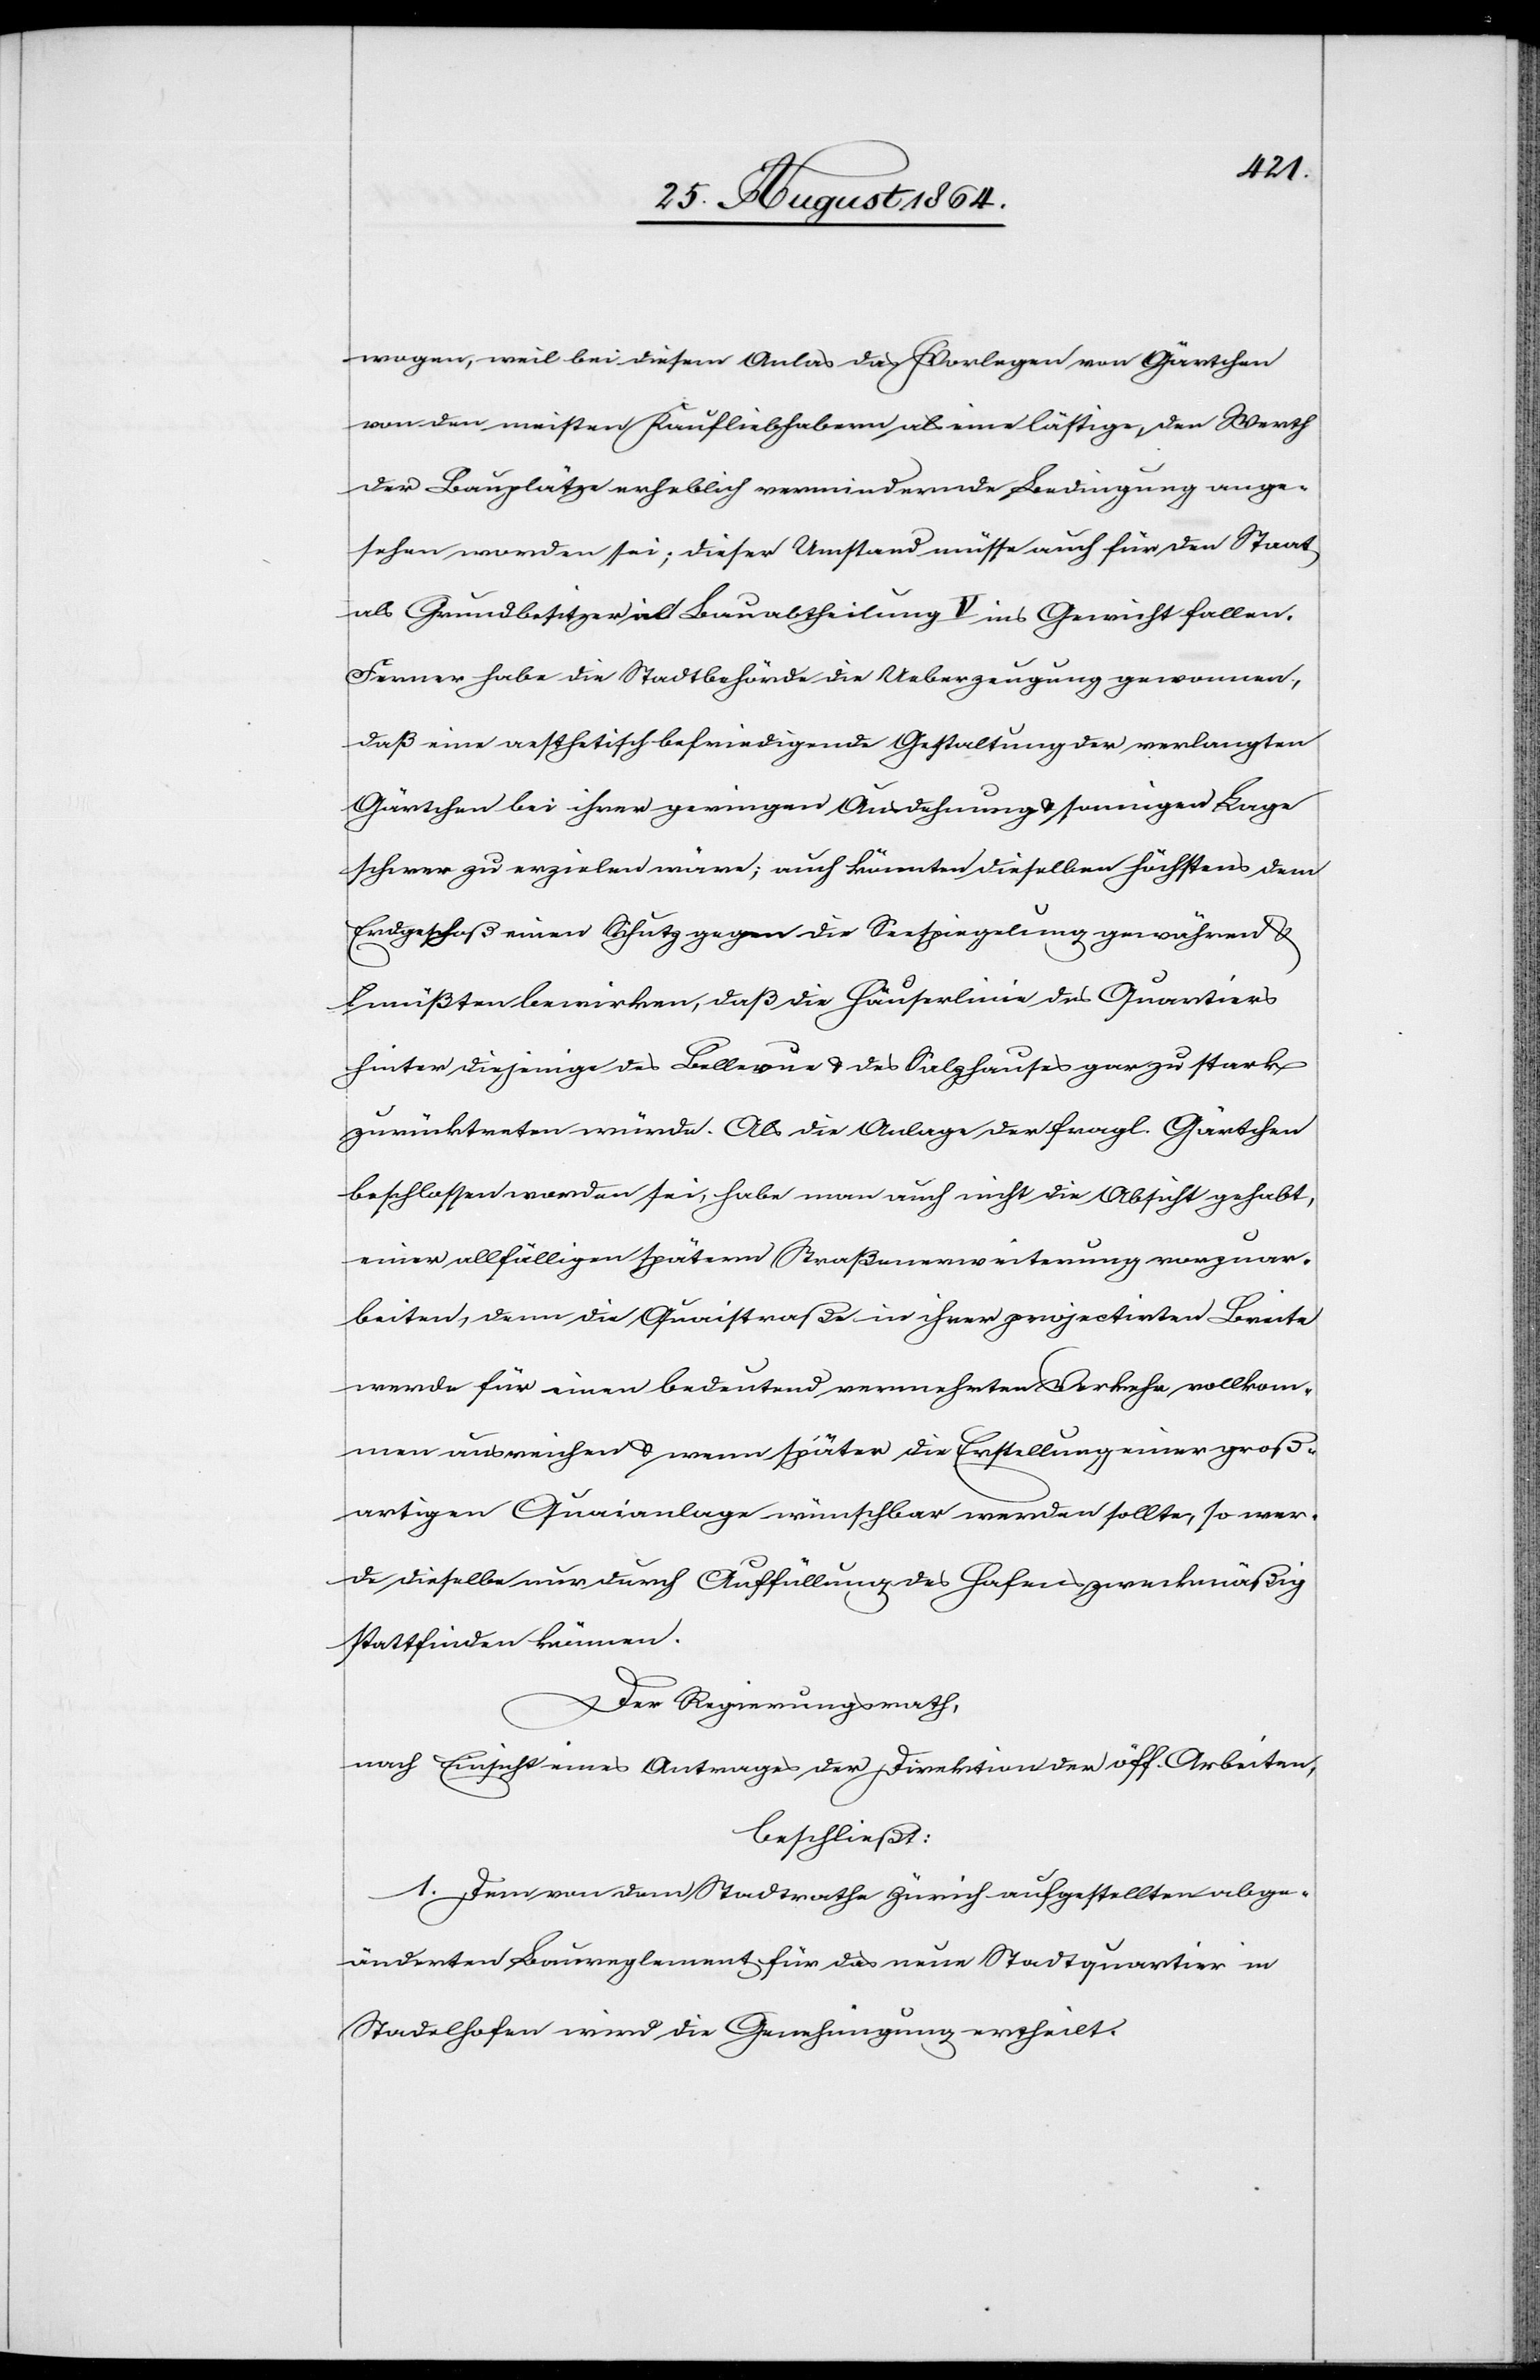
wogen, weil bei diesem Anlas[s] das Vorlage[r]n von Gärtchen
von den meisten Kaufliebhabern als eine lästige, den Werth
der Bauplätze erheblich vermindernde Bedingung ange¬
sehen worden sei; dieser Umstand müsse auch für den Staat
als Grundbesitzer [?alt] Bauabtheilung V ins Gewicht fallen.
Ferner habe die Stadtbehörde die Ueberzeugung gewonnen,
daß eine aesthetisch befriedigende Gestaltung der verlangten
Gärtchen bei ihrer geringen Ausdehnung & sonniger Lage
schwer zu erzielen wäre; auch könnten dieselben höchstens dem
Erdgeschoß einen Schutz gegen die Seespiegelung gewähren &
müßten bewirken, daß die Häuserlinie des Quartiers
hinter diejenige des Bellevue & des Salzhauses gar zu stark
zurücktreten würde. Als die Anlage der fragl. Gärtchen
beschlossen worden sei, habe man auch nicht die Absicht gehabt,
einer allfälligen spätern Straßenerweiterung vorzuar¬
beiten, denn die Quaistraße in ihrer projectirten Breite
werde für einen bedeutend vermehrten Verkehr vollkom¬
men ausreichen & wenn später die Erstellung einer groß¬
artigen Quaianlage wünschbar werden sollte, so wer¬
de dieselbe nur durch Auffüllung des Hafens zweckmäßig
stattfinden können.
Der Regierungsrath,
nach Einsicht eines Antrages der Direktion der öff. Arbeiten,
beschließt:
1. Dem von dem Stadtrathe Zürich aufgestellten abge¬
änderten Baureglement für das neue Stadtquartier in
Stadelhofen wird die Genehmigung ertheilt.